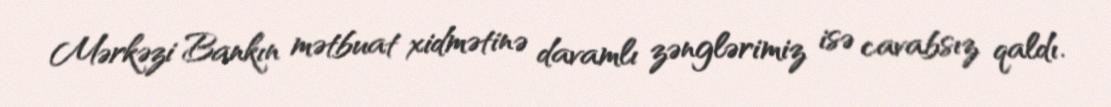
Mərkəzi Bankın mətbuat xidmətinə davamlı zənglərimiz isə cavabsız qaldı.